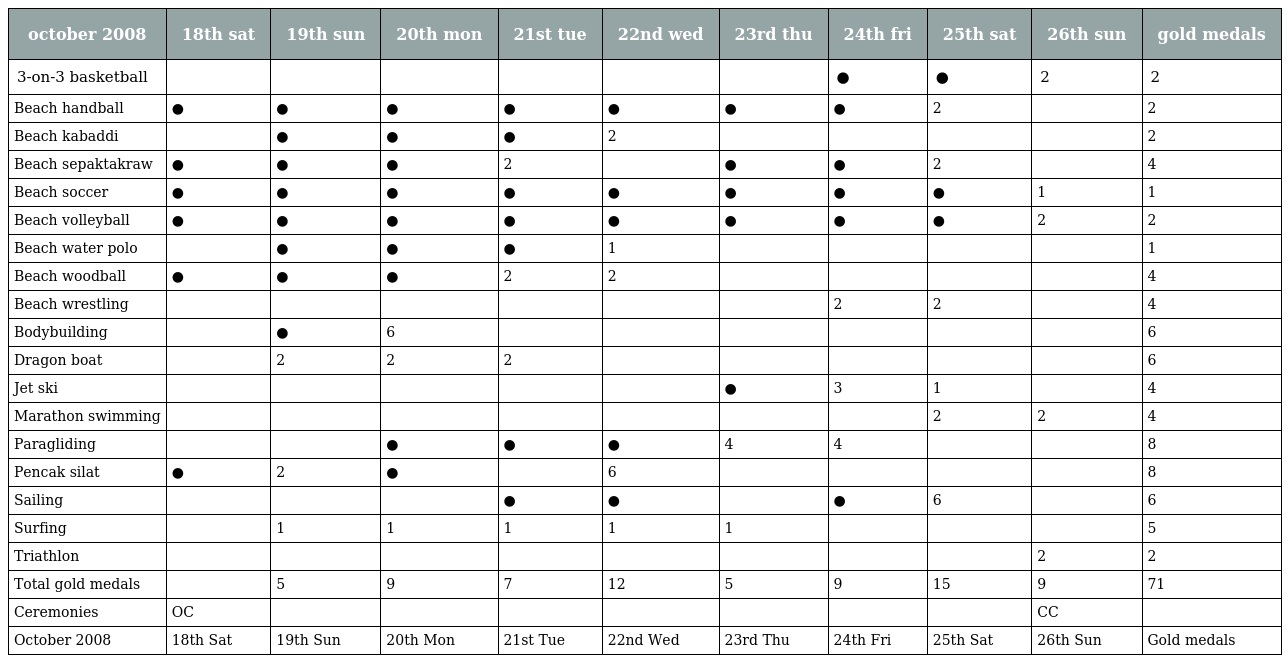
| october 2008 | 18th sat | 19th sun | 20th mon | 21st tue | 22nd wed | 23rd thu | 24th fri | 25th sat | 26th sun | gold medals |
 | --- | --- | --- | --- | --- | --- | --- | --- | --- | --- | --- |
 | 3-on-3 basketball |  |  |  |  |  |  | ● | ● | 2 | 2 |
 | Beach handball | ● | ● | ● | ● | ● | ● | ● | 2 |  | 2 |
 | Beach kabaddi |  | ● | ● | ● | 2 |  |  |  |  | 2 |
 | Beach sepaktakraw | ● | ● | ● | 2 |  | ● | ● | 2 |  | 4 |
 | Beach soccer | ● | ● | ● | ● | ● | ● | ● | ● | 1 | 1 |
 | Beach volleyball | ● | ● | ● | ● | ● | ● | ● | ● | 2 | 2 |
 | Beach water polo |  | ● | ● | ● | 1 |  |  |  |  | 1 |
 | Beach woodball | ● | ● | ● | 2 | 2 |  |  |  |  | 4 |
 | Beach wrestling |  |  |  |  |  |  | 2 | 2 |  | 4 |
 | Bodybuilding |  | ● | 6 |  |  |  |  |  |  | 6 |
 | Dragon boat |  | 2 | 2 | 2 |  |  |  |  |  | 6 |
 | Jet ski |  |  |  |  |  | ● | 3 | 1 |  | 4 |
 | Marathon swimming |  |  |  |  |  |  |  | 2 | 2 | 4 |
 | Paragliding |  |  | ● | ● | ● | 4 | 4 |  |  | 8 |
 | Pencak silat | ● | 2 | ● |  | 6 |  |  |  |  | 8 |
 | Sailing |  |  |  | ● | ● |  | ● | 6 |  | 6 |
 | Surfing |  | 1 | 1 | 1 | 1 | 1 |  |  |  | 5 |
 | Triathlon |  |  |  |  |  |  |  |  | 2 | 2 |
 | Total gold medals |  | 5 | 9 | 7 | 12 | 5 | 9 | 15 | 9 | 71 |
 | Ceremonies | OC |  |  |  |  |  |  |  | CC |  |
 | October 2008 | 18th Sat | 19th Sun | 20th Mon | 21st Tue | 22nd Wed | 23rd Thu | 24th Fri | 25th Sat | 26th Sun | Gold medals |